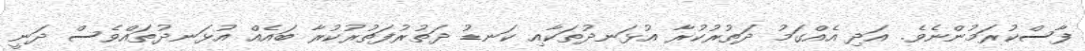
ފާސްކުރަމުންނެވެ. އަދި އެއްގަމު ދަތުރުކުރާ އުޅަނދުތަކާއި ކަނޑު ދަތުރުފަތުރުކުރާ ބައެއް އުޅަނދުތައްވެސް ދަނީ